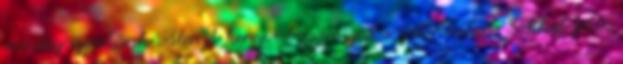
mindig szeretünk választ keresve bogarászni a weboldalon. Sokkal jobb,